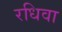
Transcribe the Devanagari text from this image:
रधिवा